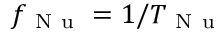
f _ { \mathrm { ~ N ~ u ~ } } = 1 / T _ { \mathrm { ~ N ~ u ~ } }